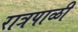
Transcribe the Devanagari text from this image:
रात्रपाळी